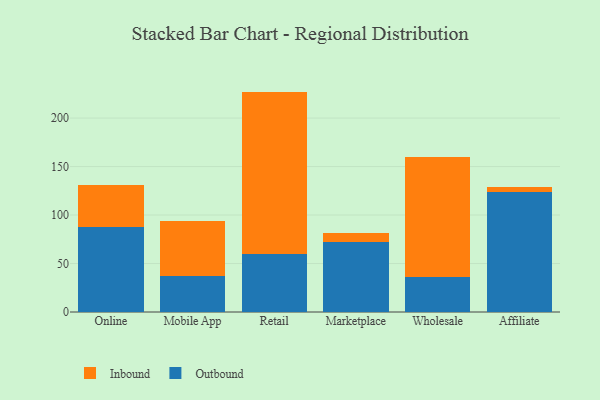
{"axis": {"x": "Channel", "y": "Satisfaction Score"}, "legend": ["Inbound", "Outbound"], "data": [{"x": "Online", "y": 87.8, "type": "Outbound"}, {"x": "Online", "y": 42.8, "type": "Inbound"}, {"x": "Mobile App", "y": 37.5, "type": "Outbound"}, {"x": "Mobile App", "y": 56.7, "type": "Inbound"}, {"x": "Retail", "y": 59.8, "type": "Outbound"}, {"x": "Retail", "y": 167.5, "type": "Inbound"}, {"x": "Marketplace", "y": 72.3, "type": "Outbound"}, {"x": "Marketplace", "y": 9.0, "type": "Inbound"}, {"x": "Wholesale", "y": 36.5, "type": "Outbound"}, {"x": "Wholesale", "y": 123.8, "type": "Inbound"}, {"x": "Affiliate", "y": 123.9, "type": "Outbound"}, {"x": "Affiliate", "y": 5.4, "type": "Inbound"}]}